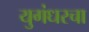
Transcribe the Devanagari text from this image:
युगंधरचा